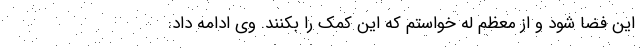
این فضا شود و از معظم له خواستم که این کمک را بکنند. وی ادامه داد: